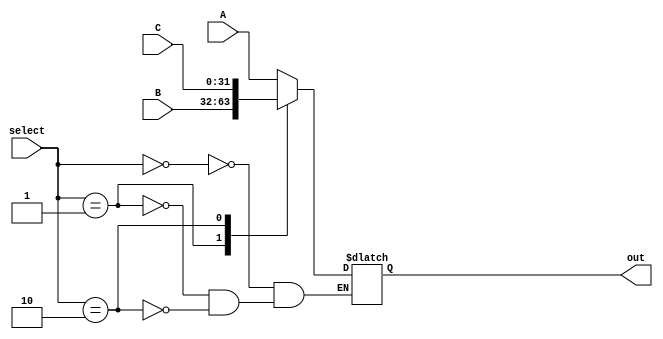
module mux3_32bit(
	input[31:0] A,
	input[31:0] B,
	input[31:0] C,
	input[1:0] select,
	output reg[31:0] out);  
 
 always @ (select or A or B or C)
   case(select)
     0 : out=A;
     1 : out=B;
     2 : out=C;
   endcase
endmodule

module mux16_2out_32bit(
	input[31:0] A,
	input[31:0] B,
	input[31:0] C,
	input[31:0] D,
	input[31:0] E,
	input[31:0] F,
	input[31:0] G,
	input[31:0] H,
	input[31:0] I,
	input[31:0] J,
	input[31:0] K,
	input[31:0] L,
	input[31:0] M,
	input[31:0] N,
	input[31:0] O,
	input[31:0] P,
	input[3:0] select1,
	input[3:0] select2,
	output reg[31:0] out1,
	output reg[31:0] out2);
	
 always @ (select1 or select2 or A or B or C or D or E or F or G or H or I or J or K or L or M or N or O or P) begin
   case(select1)
     0 : out1=A;
     1 : out1=B;
     2 : out1=C;
     3 : out1=D;
     4 : out1=E;
     5 : out1=F;
     6 : out1=G;
     7 : out1=H;
     8 : out1=I;
     9 : out1=J;
     10 : out1=K;
     11 : out1=L;
     12 : out1=M;
     13 : out1=N;
     14 : out1=O;
     15 : out1=P;
   endcase
   case(select2)
     0 : out2=A;
     1 : out2=B;
     2 : out2=C;
     3 : out2=D;
     4 : out2=E;
     5 : out2=F;
     6 : out2=G;
     7 : out2=H;
     8 : out2=I;
     9 : out2=J;
     10 : out2=K;
     11 : out2=L;
     12 : out2=M;
     13 : out2=N;
     14 : out2=O;
     15 : out2=P;
   endcase
  end
endmodule

module mux16_32bit(
	input[31:0] A,
	input[31:0] B,
	input[31:0] C,
	input[31:0] D,
	input[31:0] E,
	input[31:0] F,
	input[31:0] G,
	input[31:0] H,
	input[31:0] I,
	input[31:0] J,
	input[31:0] K,
	input[31:0] L,
	input[31:0] M,
	input[31:0] N,
	input[31:0] O,
	input[31:0] P,
	input[3:0] select,
	output reg[31:0] out);
	
 always @ (*)
   case(select)
     0 : out=A;
     1 : out=B;
     2 : out=C;
     3 : out=D;
     4 : out=E;
     5 : out=F;
     6 : out=G;
     7 : out=H;
     8 : out=I;
     9 : out=J;
     10 : out=K;
     11 : out=L;
     12 : out=M;
     13 : out=N;
     14 : out=O;
     15 : out=P;
   endcase
endmodule

module mux3_16bit(A,B,C,select,out);
 input [15:0]A,B,C;
 input [1:0] select;
 output reg [15:0] out;
 
 always @ (select or A or B or C)
   case(select)
     0 : out=A;
     1 : out=B;
     2 : out=C;
   endcase
endmodule

module mux3_4bit(A,B,C,select,out);
 input [3:0]A,B,C;
 input [1:0] select;
 output reg [3:0] out;
 always @ (select or A or B or C)
   case(select)
     0 : out=A;
     1 : out=B;
     2 : out=C;
   endcase
endmodule

module mux6_32bit(
	input[31:0] A,
	input[31:0] B,
	input[31:0] C,
	input[31:0] D,
	input[31:0] E,
	input[31:0] F,
	input[2:0] select,
	output reg[31:0] out);
 
 always @ (select or A or B or C or D or E or F)
   case(select)
     0 : out=A;
     1 : out=B;
     2 : out=C;
     3 : out=D;
     4 : out=E;
     5 : out=F;
   endcase
endmodule
   
module mux4_32bit(A,B,C,D,select,out);  
 input [31:0]A,B,C,D;
 input [1:0] select;
 output reg [31:0] out;
  always @ (*)
   case(select)
     0 : out=A;
     1 : out=B;
     2 : out=C;
     3 : out=D;
   endcase
endmodule